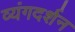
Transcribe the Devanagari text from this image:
व्यंगदर्शन